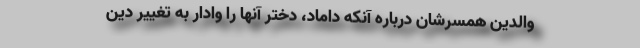
والدین همسرشان دربارهٔ آنکه داماد،‌ دختر آنها را وادار به تغییر دین